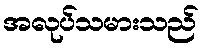
အလုပ်သမားသည်